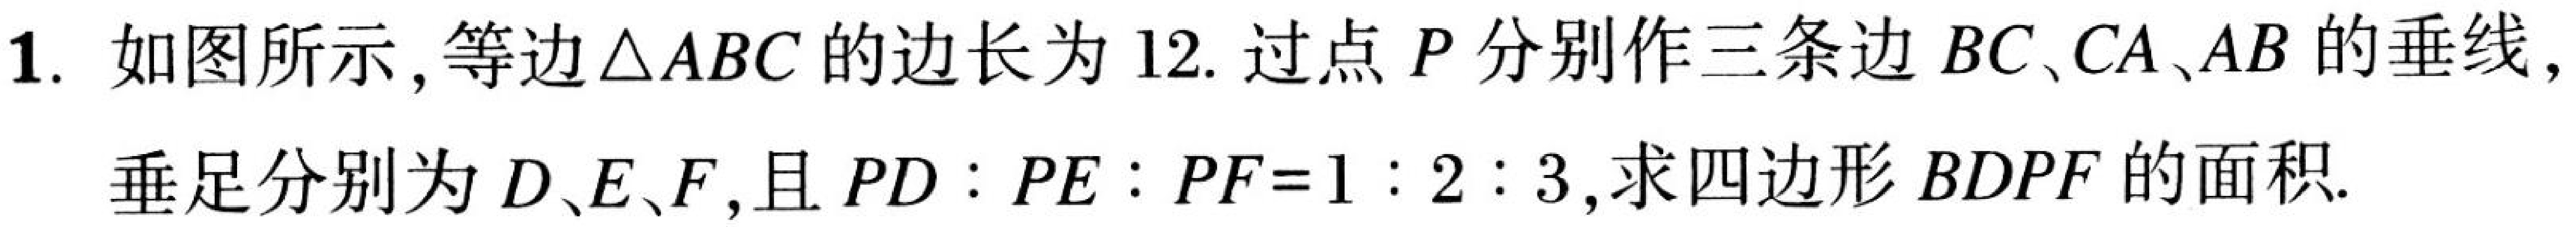
1. 如图所示，等边\(\triangle ABC\) 的边长为 \(12\). 过点 \(P\) 分别作三条边 \(BC\)、\(CA\)、\(AB\) 的垂线，
垂足分别为 \(D\)、\(E\)、\(F\)，且 \(PD:PE:PF = 1:2:3\)，求四边形 \(BDPF\) 的面积.